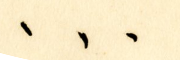
...